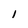
Character: l